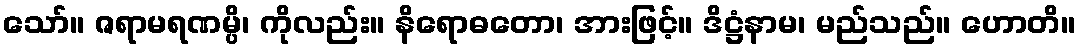
သော်။ ဇရာမရဏမ္ပိ၊ ကိုလည်း။ နိရောဓတော၊ အားဖြင့်။ ဒိဋ္ဌံနာမ၊ မည်သည်။ ဟောတိ။